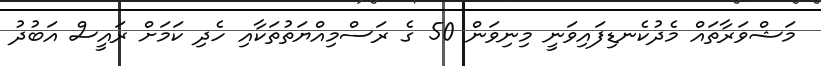
މަޝްވަރާތައް މެދުކެނޑިފައިވަނީ މިނިވަން 50 ގެ ރަސްމިއްޔަތުތަކާއި ހެދި ކަމަށް ރައީސް އަބުދު